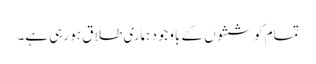
تمام کوششوں کے باوجود ہماری طلاق ہو رہی ہے۔